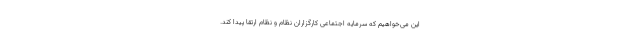
این می‌خواهیم که سرمایه اجتماعی کارگزاران نظام و نظام ارتقا پیدا کند.